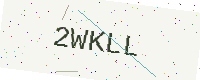
Text: 2WKLL